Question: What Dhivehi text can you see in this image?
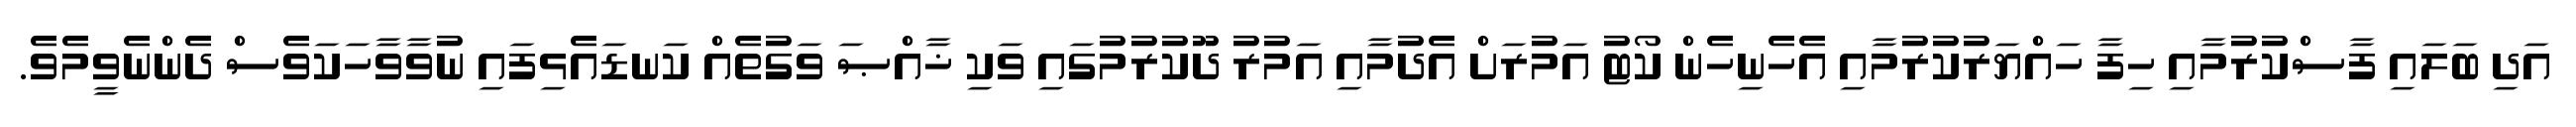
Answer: އަދި ބަލައި ފާސްކުރުމާއި ހިފާ ހައްޔަރުކުރުމާއި އެހެނިހެން ކޯޓު އަމުރަށް އެދުމާއި އަމުރު ދޫކުރުމުގައި ވަކި ޚާއްޞަ ވަގުތެއް ކަނޑައެޅިފައި ނުވާވާހަކަވެސް ދެންނެވީމެވެ.